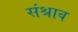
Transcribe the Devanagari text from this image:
संश्राव